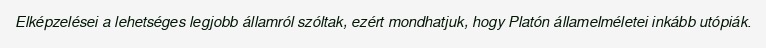
Elképzelései a lehetséges legjobb államról szóltak, ezért mondhatjuk, hogy Platón államelméletei inkább utópiák.